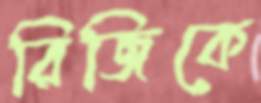
রিজিকে